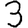
Digit: 3